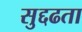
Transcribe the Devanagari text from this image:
सुद्दढता